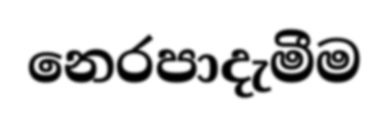
නෙරපාදැමීම